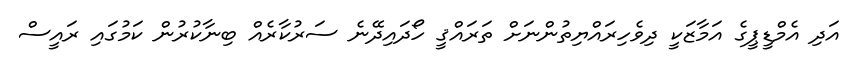
އަދި އެމްޑީޕީގެ އަމާޒަކީ ދިވެހިރައްޔިތުންނަށް ތަރައްޤީ ހޯދައިދޭނެ ސަރުކާރެއް ބިނާކުރުން ކަމުގައި ރައީސް